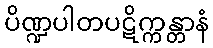
ပိဏ္ဍပါတပဋိက္ကန္တာနံ